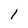
Character: l